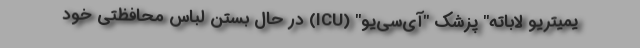
یمیتریو لاباته" پزشک "آی‌‌سی‌یو" (ICU) در حال بستن لباس محافظتی خود